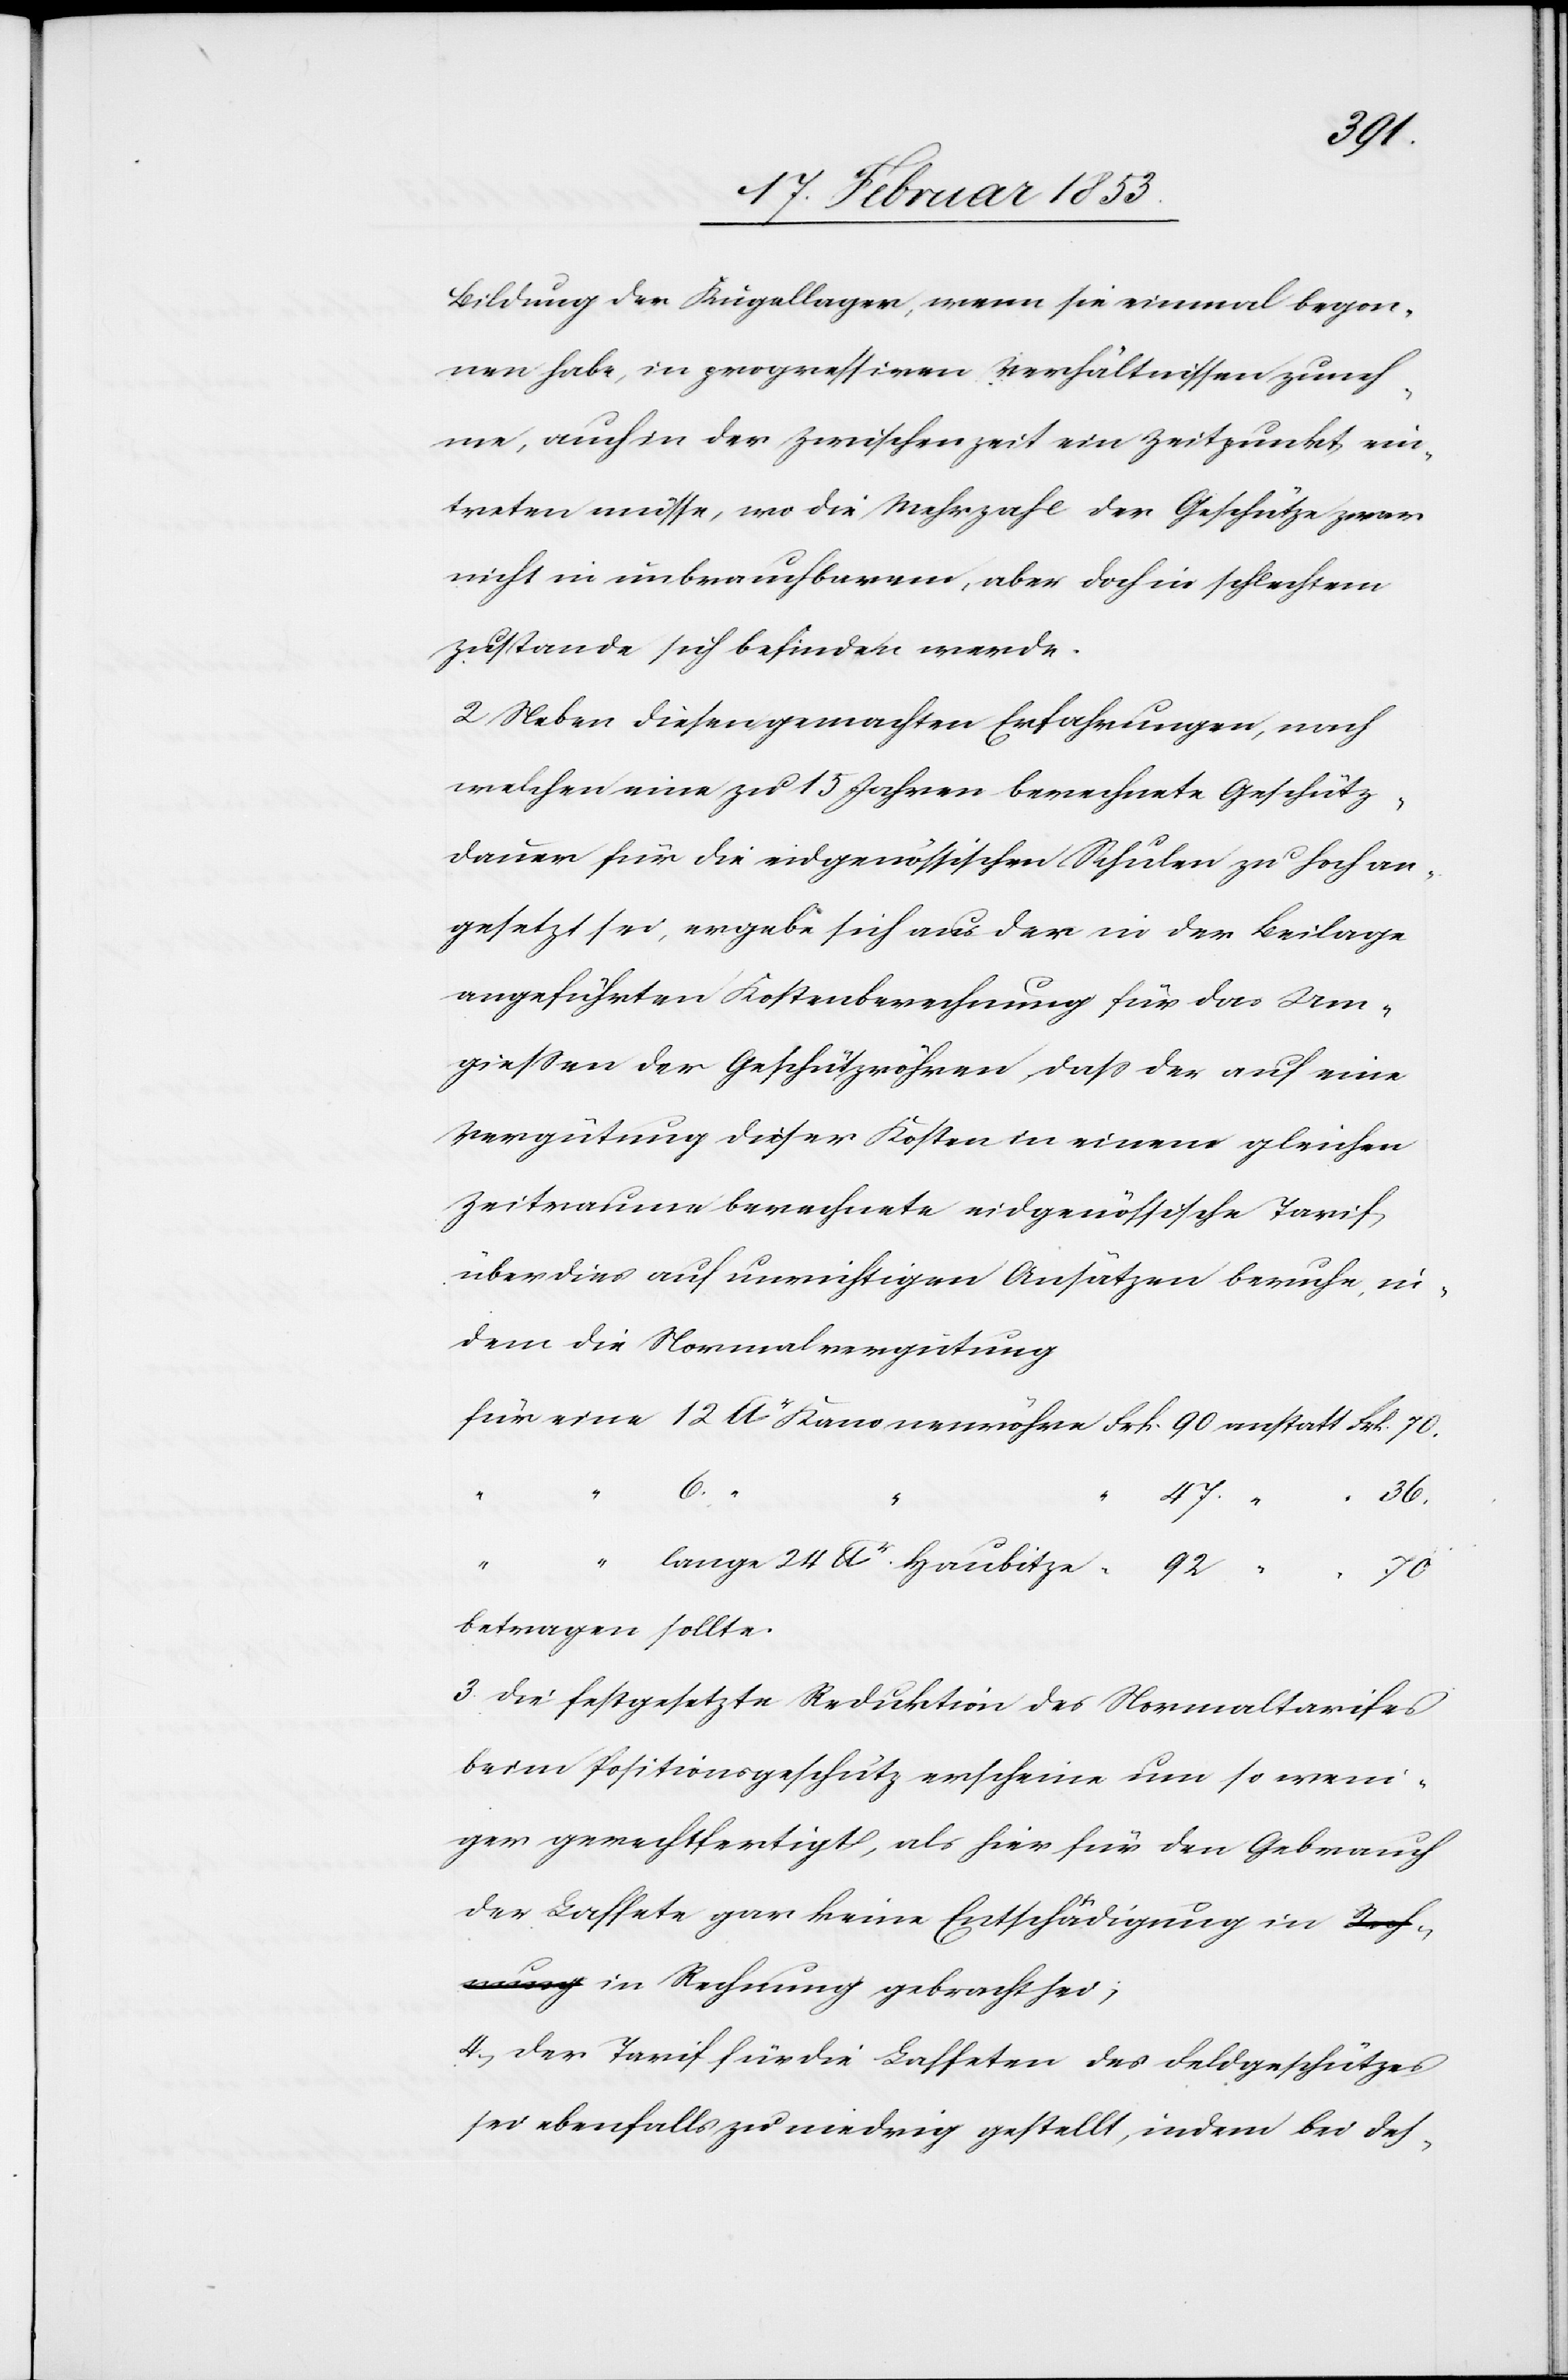
Bildung der Kugellager, wenn sie einmal begon¬
nen habe, in progressiven Verhältnissen zuneh¬
me, auch in der Zwischenzeit ein Zeitpunkt, ein¬
treten müsse, wo die Mehrzahl der Geschütze zwar
nicht in unbrauchbarem, aber doch in schlechtem
Zustande sich befinden werde.
2 Neben diesen gemachten Erfahrungen, nach
welchen eine zu 15 Jahren berechnete Geschütz¬
dauer für die eidgenössischen Schulen zu hoch an¬
gesetzt sei, ergebe sich aus der in der Beilage
angeführten Kostenberechnung für das Um¬
gießen der Geschützröhren, daß der auf eine
Vergütung dieser Kosten in einem gleichen
Zeitraume berechnete eidgenössische Tarif
überdies auf unwichtigen Ansätzen beruhe, in¬
dem die Normalvergütung.
für eine 12 lbr Kanonenröhre Frk. 90 anstatt Frk. 70.
lbr.
70.
gebracht
sei;
betragen sollte.
3 Die festgesetzte Reduktion des Normaltarifes
beim Petitionsgeschütz erscheine um so weni¬
ger gerechtfertigt, als hier für den Gebrauch
der Laffete gar keine Entschädigung in Rech¬
4, Der Tarif für die Laffeten des Feldgeschützes
sei ebenfalls zu niedrig gestellt, indem bei des-